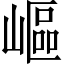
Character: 嶇